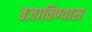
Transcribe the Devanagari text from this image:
बजाविण्यास